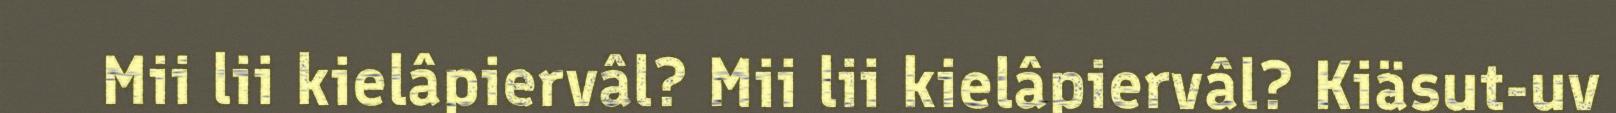
Mii lii kielâpiervâl? Mii lii kielâpiervâl? Kiäsut-uv